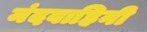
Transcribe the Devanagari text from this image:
मंदवाहिनी